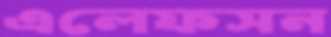
এলেফসন